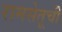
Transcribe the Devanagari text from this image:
रामसेतूची